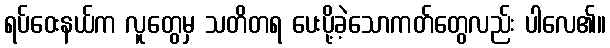
ရပ်ဝေးနယ်က လူတွေမှ သတိတရ ပေးပို့ခဲ့သောကတ်တွေလည်း ပါလေ၏။